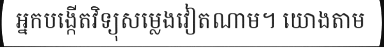
អ្នកបង្កើតវិទ្យុសម្លេងវៀតណាម។ យោងតាម